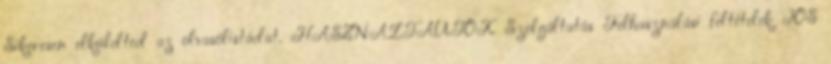
Sikeresen elküldted az olvasólistádat. HASZNÁLTAUTÓK Szolgáltatás Felhasználási feltételek IOS